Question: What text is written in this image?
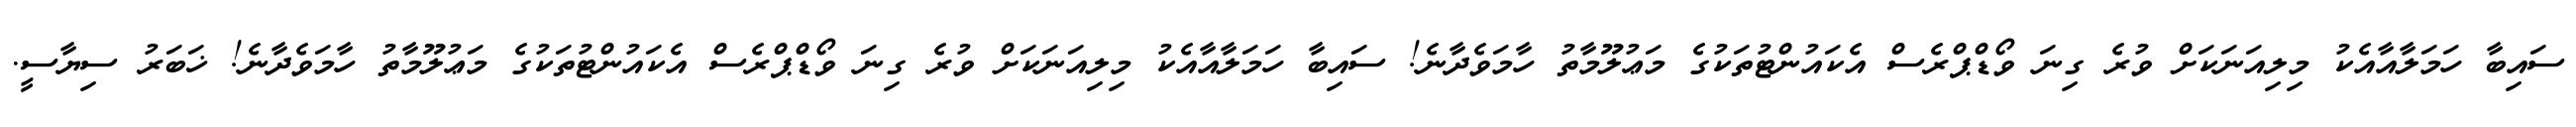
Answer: ސައިބާ ހަމަލާއާއެކު މިލިއަނަކަށް ވުރެ ގިނަ ވޯޑްޕްރެސް އެކައުންޓުތަކުގެ މަޢުލޫމާތު ހާމަވެދާނެ! ސައިބާ ހަމަލާއާއެކު މިލިއަނަކަށް ވުރެ ގިނަ ވޯޑްޕްރެސް އެކައުންޓުތަކުގެ މަޢުލޫމާތު ހާމަވެދާނެ! ޚަބަރު ސިޔާސީ.